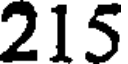
215